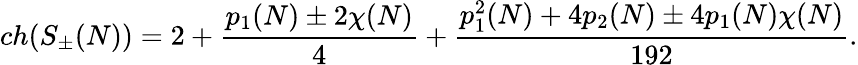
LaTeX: ch(S_{\pm}(N))=2+{\frac{p_{1}(N)\pm 2\chi(N)}{4}}+{\frac{p_{1}^{2}(N)+4p_{2}(N)\pm 4p_{1}(N)\chi(N)}{192}}.